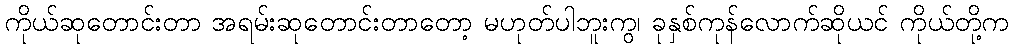
ကိုယ်ဆုတောင်းတာ အရမ်းဆုတောင်းတာတော့ မဟုတ်ပါဘူးကွ၊ ခုနှစ်ကုန်လောက်ဆိုယင် ကိုယ်တို့က